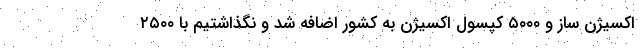
اکسیژن ساز و ۵۰۰۰ کپسول اکسیژن به کشور اضافه شد و نگذاشتیم با ۲۵۰۰